Sketch of the medical history of the native army of Bombay, for the year
Year: 1872
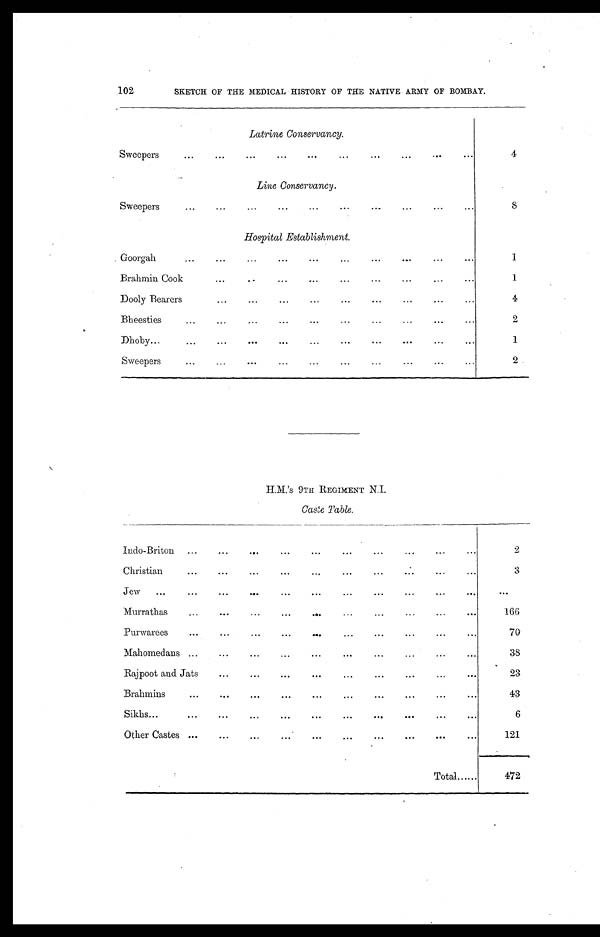
102
SKETCH OF THE MEDICAL HISTORY OF THE NATIVE ARMY OF BOMBAY.
Latrine Conservancy.
Sweepers
4
Line Conservancy.
Sweepers
8
Hospital Establishment.
Goorgah
1
Brahmin Cook
1
Dooly Bearers
4
Bheesties
2
Dhoby
1
Sweepers
2
H. M.'s 9TH REGIMENT N.I.
Caste Table.
Indo-Briton
2
Christian.
3
Jew
...
Murrathas
166
Purwarees
70
Mahomedans
38
Rajpoot and Jats
2 3
Brahmins
43
Sikhs
6
Other Castes
121
Total
472